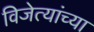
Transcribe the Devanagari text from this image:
विजेत्यांच्या